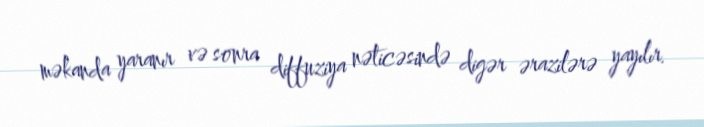
məkanda yaranır və sonra diffuziya nəticəsində digər ərazilərə yayılır.